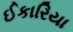
ઈકારિયા